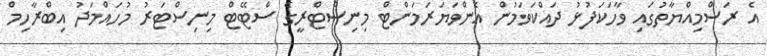
އެ ރަސްމިއްޔާތުގައި ވާހަކަފުޅު ދައްކަވަމުން އެންވަޔަރަމަންޓް މިނިސްޓްރީގެ ސްޓޭޓް މިނިސްޓަރު މުހައްމަދު އިބްރާހިމް